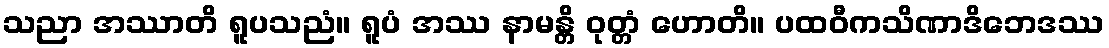
သညာ အဿာတိ ရူပသညံ။ ရူပံ အဿ နာမန္တိ ဝုတ္တံ ဟောတိ။ ပထဝီကသိဏာဒိဘေဒဿ